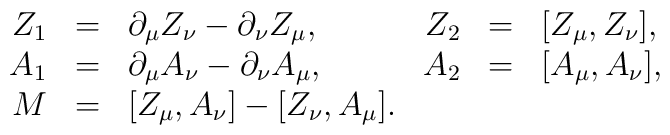
\begin{array}{rclrcl}Z_1&=&\partial_{\mu}Z_{\nu}-\partial_{\nu}Z_{\mu},&Z_2&=&[Z_{\mu},Z_{\nu}],\\A_1&=&\partial_{\mu}A_{\nu}-\partial_{\nu}A_{\mu},&A_2&=&[A_{\mu},A_{\nu}],\\M&=&[Z_{\mu},A_{\nu}]-[Z_{\nu},A_{\mu}].&&&\end{array}